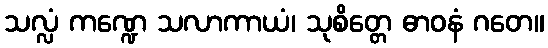
သလ္လံ ကဏ္ဍေ သလာကာယံ၊ သုစိတ္တေ ဓာဝနံ ဂတေ။